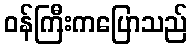
ဝန်ကြီးကပြောသည်